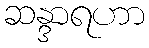
ဆန္ဒာရဟာ